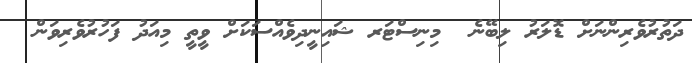
ދަތުރުވެރިންނަށް ޑޮލަރު ލިބޭނެ  މިނިސްޓަރ ޝައިނީދިވެއްސަކަށް ވީތީ މިއަދު ފަހުރުވެރިވަން